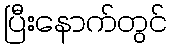
ပြီးနောက်တွင်